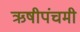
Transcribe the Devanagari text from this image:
ऋषीपंचमी